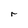
Character: r